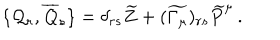
\{ { \cal { Q } } _ { r } , \overline { { { { \cal { Q } } } } } _ { s } \} = \delta _ { r s } \widetilde { Z } + ( \widetilde { \Gamma _ { \mu } } ) _ { r s } \widetilde { P } ^ { \mu } \, .